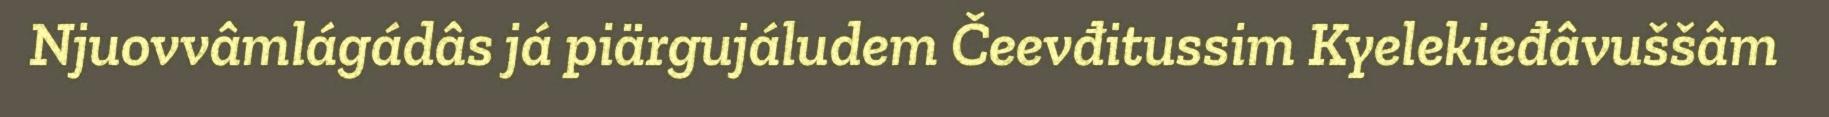
Njuovvâmlágádâs já piärgujáludem Čeevđitussim Kyelekieđâvuššâm